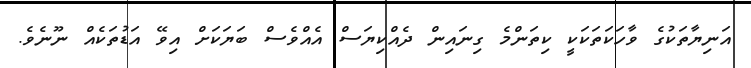
އަނިޔާތަކުގެ ވާހަކަތަކަކީ ކިތަންމެ ގިނައިން ދެއްކިޔަސް އެއްވެސް ބަޔަކަށް އިވޭ އަޑުތަކެއް ނޫނެވެ.